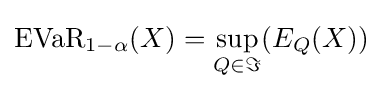
{\text{EVaR}}_{1-\alpha }(X)=\sup _{Q\in \Im }(E_{Q}(X))